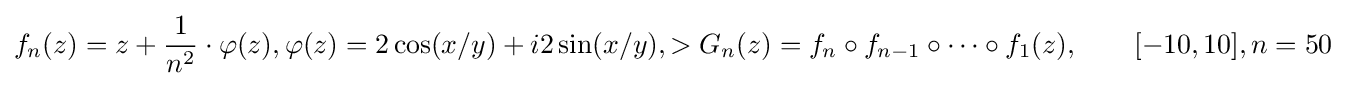
f_{n}(z)=z+{\frac {1}{n^{2}}}\cdot \varphi (z),\varphi (z)=2\cos(x/y)+i2\sin(x/y),>G_{n}(z)=f_{n}\circ f_{n-1}\circ \cdots \circ f_{1}(z),\qquad [-10,10],n=50